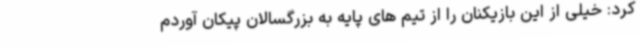
کرد: خیلی از این بازیکنان را از تیم های پایه به بزرگسالان پیکان آوردم